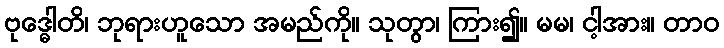
ဗုဒ္ဓေါတိ၊ ဘုရားဟူသော အမည်ကို။ သုတွာ၊ ကြား၍။ မမ၊ ငါ့အား။ တာဝ